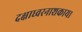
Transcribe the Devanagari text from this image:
दक्षाध्वरनाशकाय।